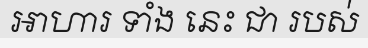
ឤហារ ទាំង នេះ ជា របស់